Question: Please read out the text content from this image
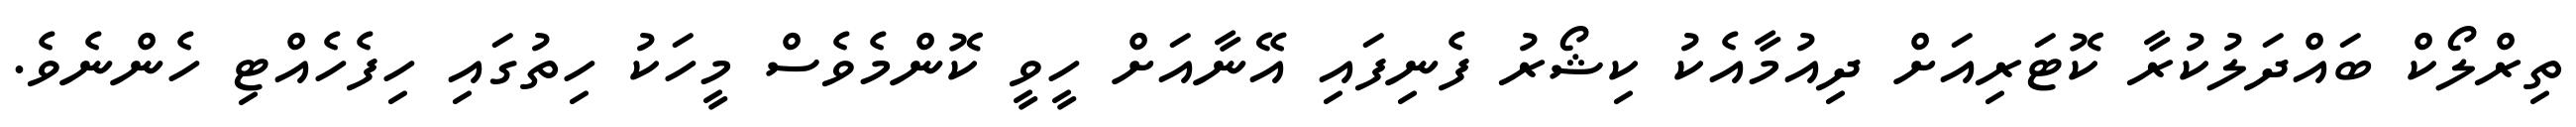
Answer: ތިރްލޯކް ބައްދަލުކުރާ ކޮޓަރިއަށް ދިއުމާއެކު ކިޝޯރު ފެނިފައި އޭނާއަށް ހީވީ ކޮންމެވެސް މީހަކު ހިތުގައި ހިފެހެއްޓި ހެންނެވެ.